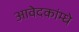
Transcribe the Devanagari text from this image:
आवेदकांम्धे